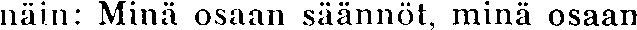
näin: Minä osaan säännöt, minä osaan